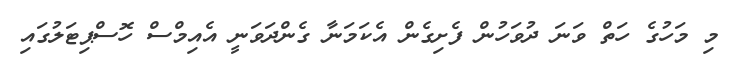
މި މަހުގެ ހަތް ވަނަ ދުވަހުން ފެށިގެން އެކަމަނާ ގެންދަވަނީ އެއިމްސް ހޮސްޕިޓަލުގައި